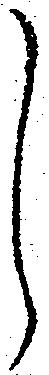
し